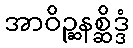
အာဝိဉ္ဆနစ္ဆိဒ္ဒံ